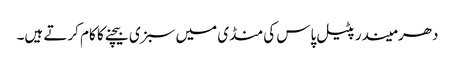
دھرمیندر پٹیل پاس کی منڈی میں سبزی بیچنے کا کام کرتے ہیں۔